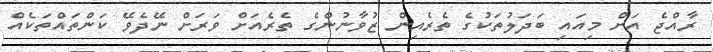
ރާއްޖެ އަށް މިއައި ބަދަލުތަކުގެ ތެރެއިން ޒުވާނުންގެ ތެރެއަށް ވަރަށް ނޭދެވޭ ކަންތައްތަކެއް